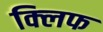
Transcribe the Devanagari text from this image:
क्‍लिफ